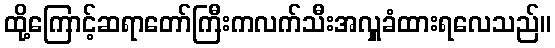
ထို့ကြောင့်ဆရာတော်ကြီးကလက်သီးအလှူခံထားရလေသည်။